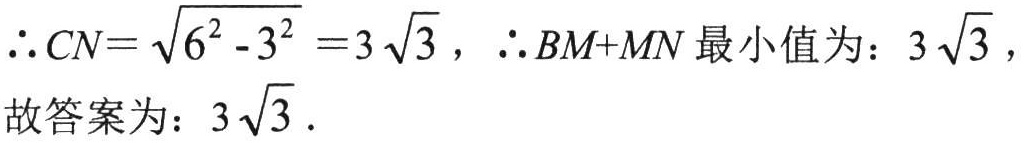
$\therefore CN=\sqrt{6^{2}-3^{2}} = 3\sqrt{3}$，$\therefore BM + MN$最小值为：$3\sqrt{3}$，
故答案为：$3\sqrt{3}$.